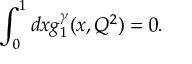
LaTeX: \frac { 2 } { \sqrt { - g } } \frac { \delta S _ { a n } ^ { e f f } } { \delta g ^ { \mu \nu } } \equiv \langle T _ { \mu \nu } \rangle = K _ { \mu \nu } ( \phi ) - K _ { \mu \nu } ( \psi )